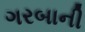
ગરબાની